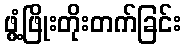
ဖွံ့ဖြိုးတိုးတက်ခြင်း